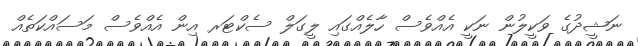
ނަޝީދުގެ ވަކީލުން ނަކީ އެއްވެސް ހާލެއްގައި ލީގަލް ސެކްޓަރ އިން އެއްްވެސް މަސައްކަތެއް